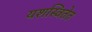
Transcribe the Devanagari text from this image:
यशस्वितेत